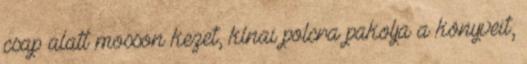
csap alatt mosson kezet, kínai polcra pakolja a könyveit,